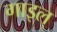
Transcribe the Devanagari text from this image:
गाइल्